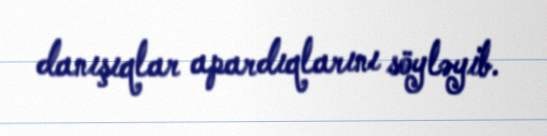
danışıqlar apardıqlarını söyləyib.